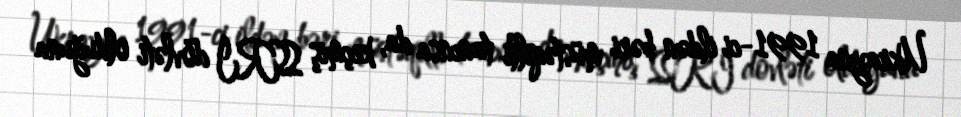
Ukrayna 1991-ci ildən bəri müstəqilli tanınsa da, keçmiş SSRİ dövləti olduğuna